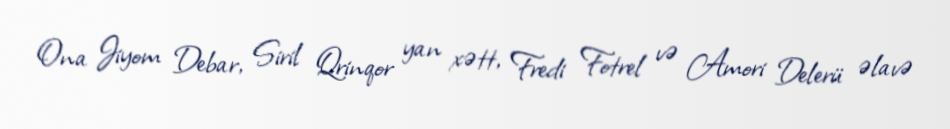
Ona Jiyom Debar, Siril Qrinqor yan xətt, Fredi Fotrel və Amori Delerü əlavə